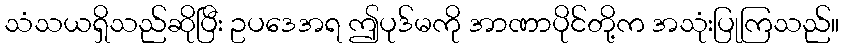
သံသယရှိသည်ဆိုပြီး ဥပဒေအရ ဤပုဒ်မကို အာဏာပိုင်တို့က အသုံးပြုကြသည်။